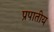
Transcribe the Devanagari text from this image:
प्रपातीय